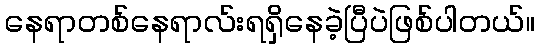
နေရာတစ်နေရာလ်းရရှိနေခဲ့ပြီပဲဖြစ်ပါတယ်။